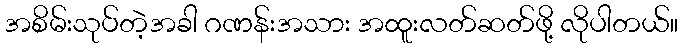
အစိမ်းသုပ်တဲ့အခါ ဂဏန်းအသား အထူးလတ်ဆတ်ဖို့ လိုပါတယ်။